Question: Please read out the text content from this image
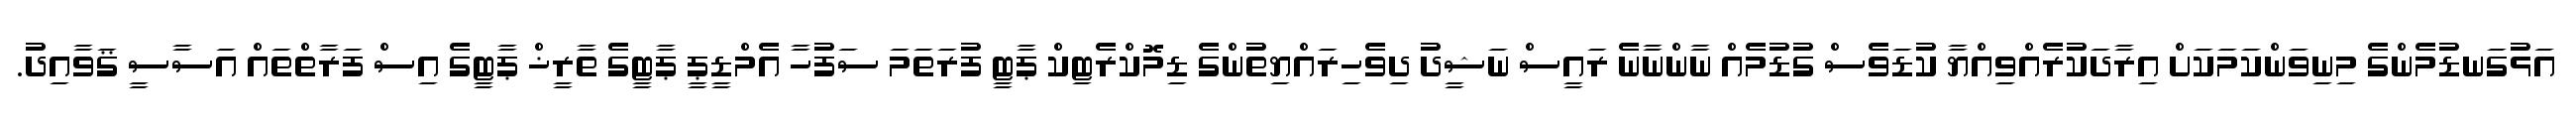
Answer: އަޅުގަނޑުމެންގެ މިނިވަންކަމަކަށް އިރާދަކުރެއްވިއްޔާ ކުޑަވެސް ގުޑުމެއް ނާންނާނެ ރައީސް ނަޝީދު ދިވެހިރައްޔިތުންގެ ޑިމޮކްރެޓިކް ޕާޓީ ފުރަތަމަ ސަފުހާ އެމްޑީޕީ ޕާޓީގެ ތާރީޚް ޕާޓީގެ އިސް ފަރާތްތައް އަސާސީ ޤަވާއިދު.